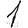
Digit: 1